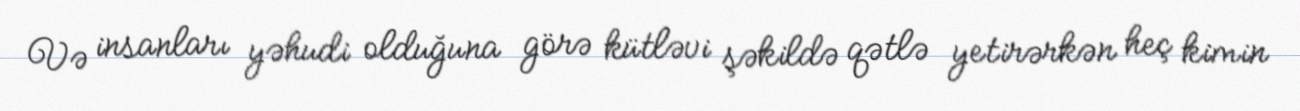
Və insanları yəhudi olduğuna görə kütləvi şəkildə qətlə yetirərkən heç kimin